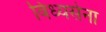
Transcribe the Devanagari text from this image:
विंध्यसेना